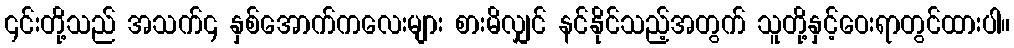
၎င်းတို့သည် အသက်၄ နှစ်အောက်ကလေးများ စားမိလျှင် နင်နိုင်သည့်အတွက် သူတို့နှင့်ဝေးရာတွင်ထားပါ။